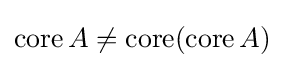
\operatorname {core} A\neq \operatorname {core} (\operatorname {core} A)